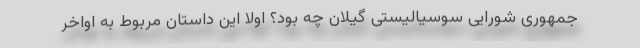
جمهوری شورایی سوسیالیستی گیلان چه بود؟ اولا این داستان مربوط به اواخر